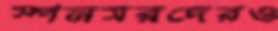
স্পনসরদেরও